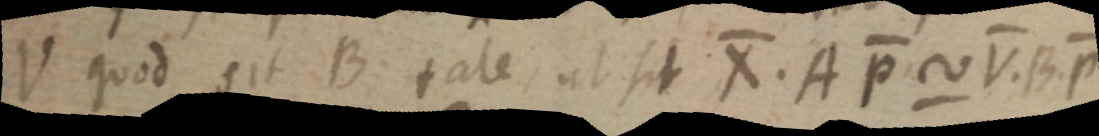
V quod sit B tale ut sit X. A p ~ V. B. p